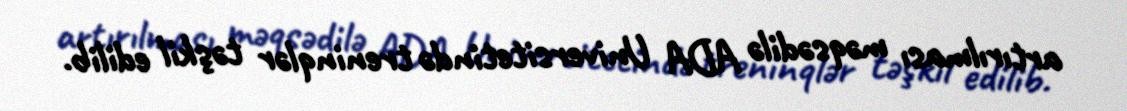
artırılması məqsədilə ADA Universitetində treninqlər təşkil edilib.